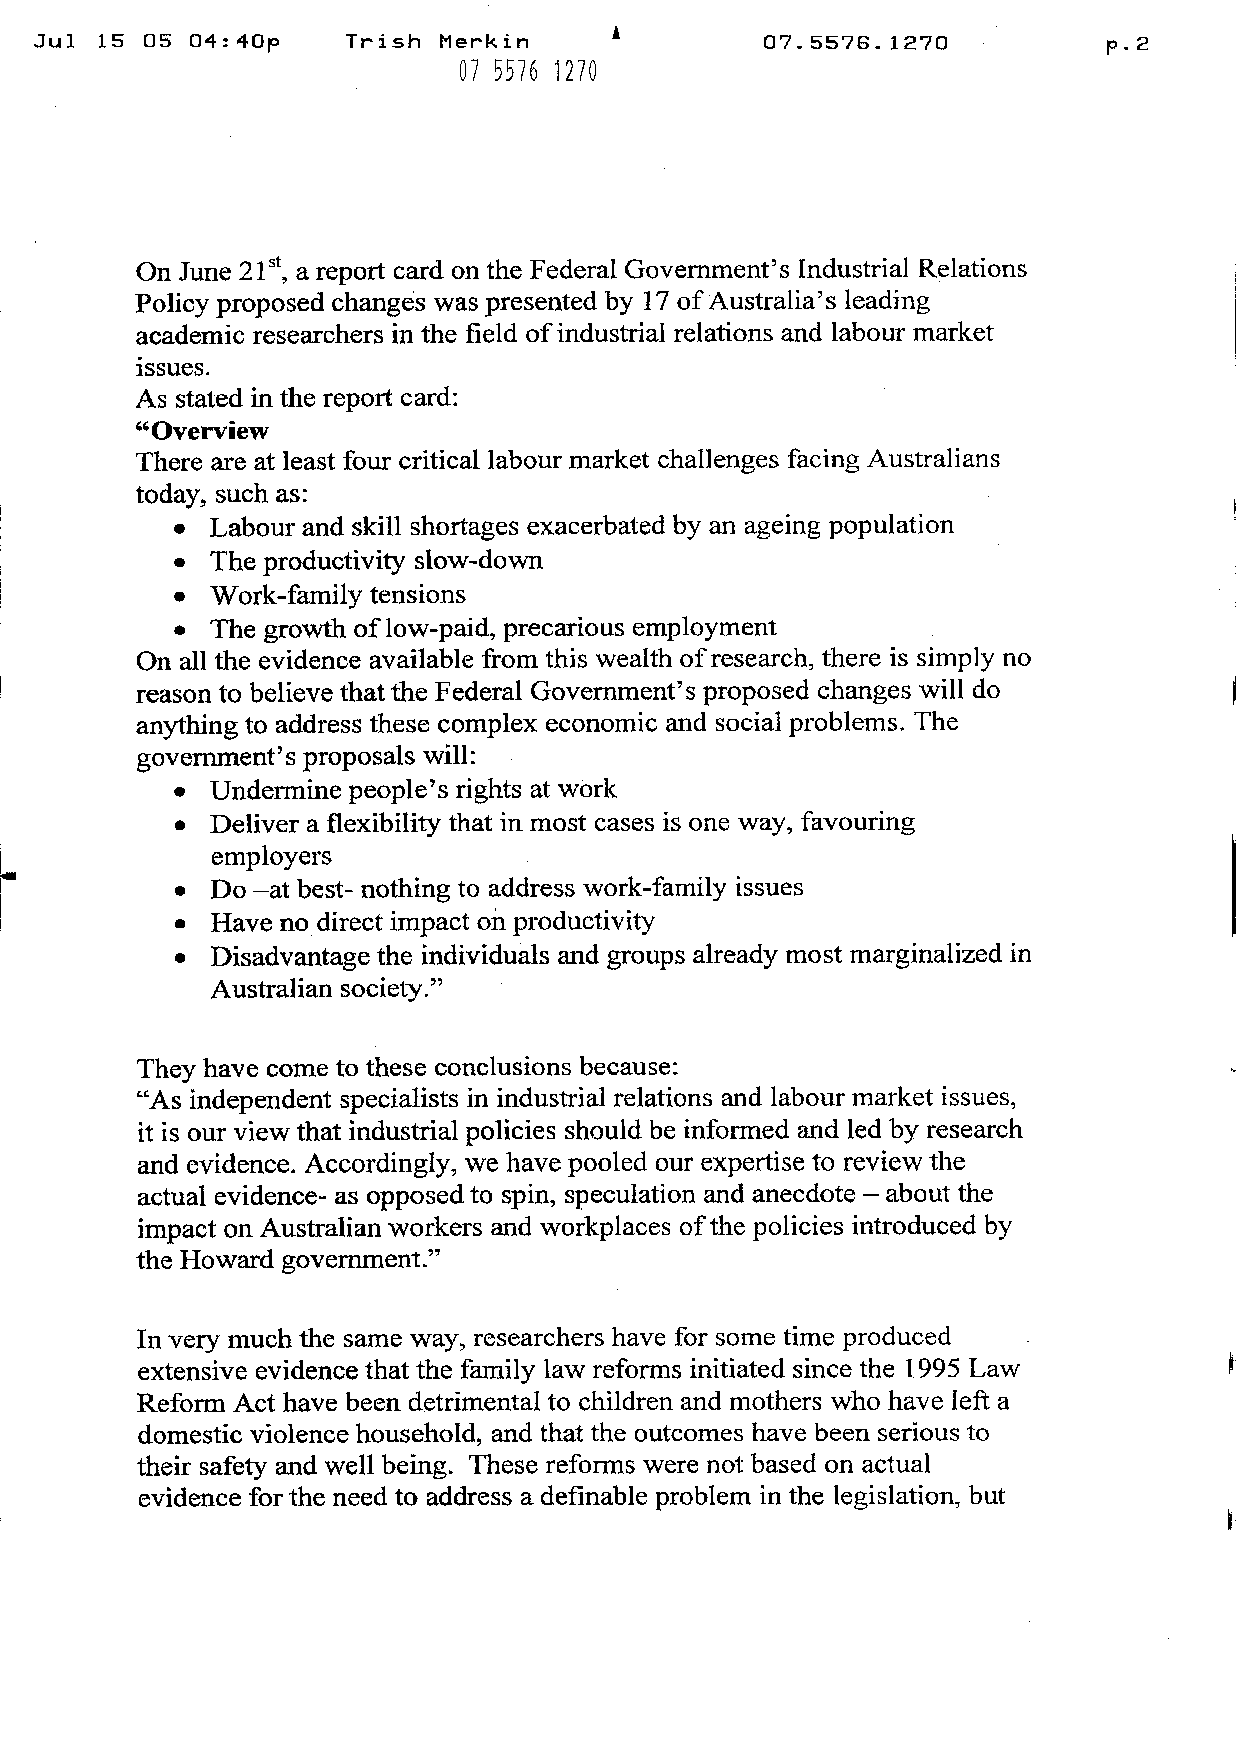
4 4                        A
 Jul 15  05 O : Op    Trish Merkin               07. 5576. 1270         p.2
 Q7 5576 127Q
 On June ~  areport card on the Federal Government’s Industrial Relations
 Policyproposed changes was presented by 17 ofAustralia’s leading
 academic researchers in the field ofindustrial relations and labour market
 issues.
 As staled in thereport card:
 “Overview
 There are at least fourcritical labour market challenges facingAustralians
 today, suchas:
 I
 •  Labourand skill shortages exacerbated by an ageing population
 •  Theproductivity slow-down
 •  Work-familytensions
 •  The growth oflow-paid, precarious employment
 On all the evidence available from this wealth ofresearch, there is simply no
 reason to believe thatthe Federal Government’s proposed changes will do
 anything to address these complex economic and social problems. The
 government’s proposals will:
 •  Undermine people’s rights at work
 •  Deliver a flexibility that inmost cases is one way, favouring
 employers
 •  Do —at best- nothing to address work-family issues
 •  Have no direct impact on productivity
 •  Disadvantage the individuals and groups already mostmarginatized in
 Australian society.”
 Theyhave come to these conclusions because:
 “As independent specialists in industrial relations and labour market issues,
 it is our view that industrial policies should be informed and led by research
 and evidence. Accordingly, wehave pooled our expertise to review the
 actual evidence- as opposedto spin, speculation and anecdote about the
 —
 impact on Australian workers and workplaces ofthepolicies introduced by
 the Howard government.”
 In very much the same way, researchers have for some time produced
 extensive evidence thatthe family lawreforms initiated since the 1995 Law
 Reform Act have been detrimental to children and mothers who have left a
 domestic violence household, and that the outcomes have been seriousto
 their safety and well being. These reforms were not based on actual
 evidence forthe need to address a definable problem in the legislation, but